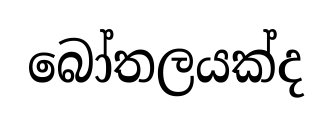
බෝතලයක්ද